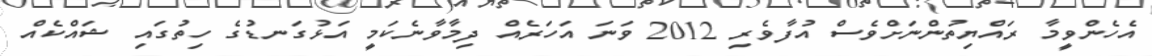
އެހެންވީމާ ރައްޔިތުންނަށްވެސް އުފާވެރި 2012 ވަނަ އަހަރެއް ދިމާވާނެކަމީ އަޅުގަނޑުގެ ހިތުގައި ޝައްކެއް